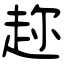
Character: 趂